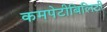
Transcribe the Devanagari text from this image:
कमपेटीबिलिटी